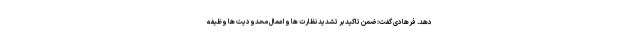
دهد. فرهادی گفت:ضمن تاکید بر تشدید نظارت ها و اعمال محدودیت ها وظیفه